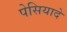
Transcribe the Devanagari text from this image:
पेसियादे